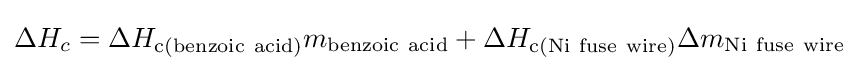
\Delta H_{c}=\Delta H_{\mathrm {c} (\mathrm {benzoic} \ \mathrm {acid} )}m_{\mathrm {benzoic} \ \mathrm {acid} }+\Delta H_{\mathrm {c} (\mathrm {Ni} \ \mathrm {fuse} \ \mathrm {wire} )}\Delta m_{\mathrm {Ni} \ \mathrm {fuse} \ \mathrm {wire} }